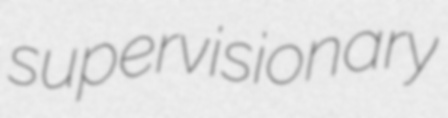
supervisionary